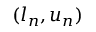
( l _ { n } , u _ { n } )